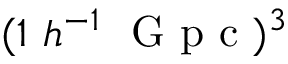
( 1 \ h ^ { - 1 } \ \mathrm { ~ G ~ p ~ c ~ } ) ^ { 3 }